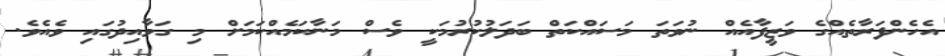
އެހެންފަރާތެއްގެ ވަޒީފާއެއް ނުވަތަ މަސައްކަތް ބަދަލުކުރުމަކީ ވެސް މަނާކަމެއްކަމަށް މި ގަވާއިދުގައި ވެއެވެ.